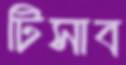
টিসাব